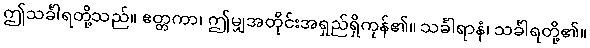
ဤသင်္ခါရတို့သည်။ ဧတ္တကာ၊ ဤမျှအတိုင်းအရှည်ရှိကုန်၏။ သင်္ခါရာနံ၊ သင်္ခါရတို့၏။